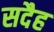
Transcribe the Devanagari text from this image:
सदैह